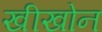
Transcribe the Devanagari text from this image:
खीखोन